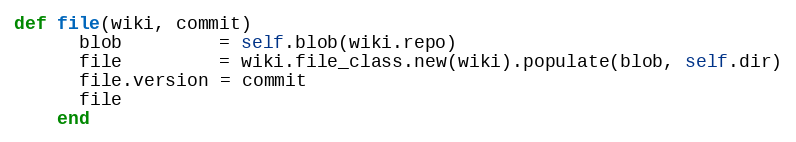
Language: Ruby
def file(wiki, commit)
      blob         = self.blob(wiki.repo)
      file         = wiki.file_class.new(wiki).populate(blob, self.dir)
      file.version = commit
      file
    end